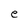
Character: e